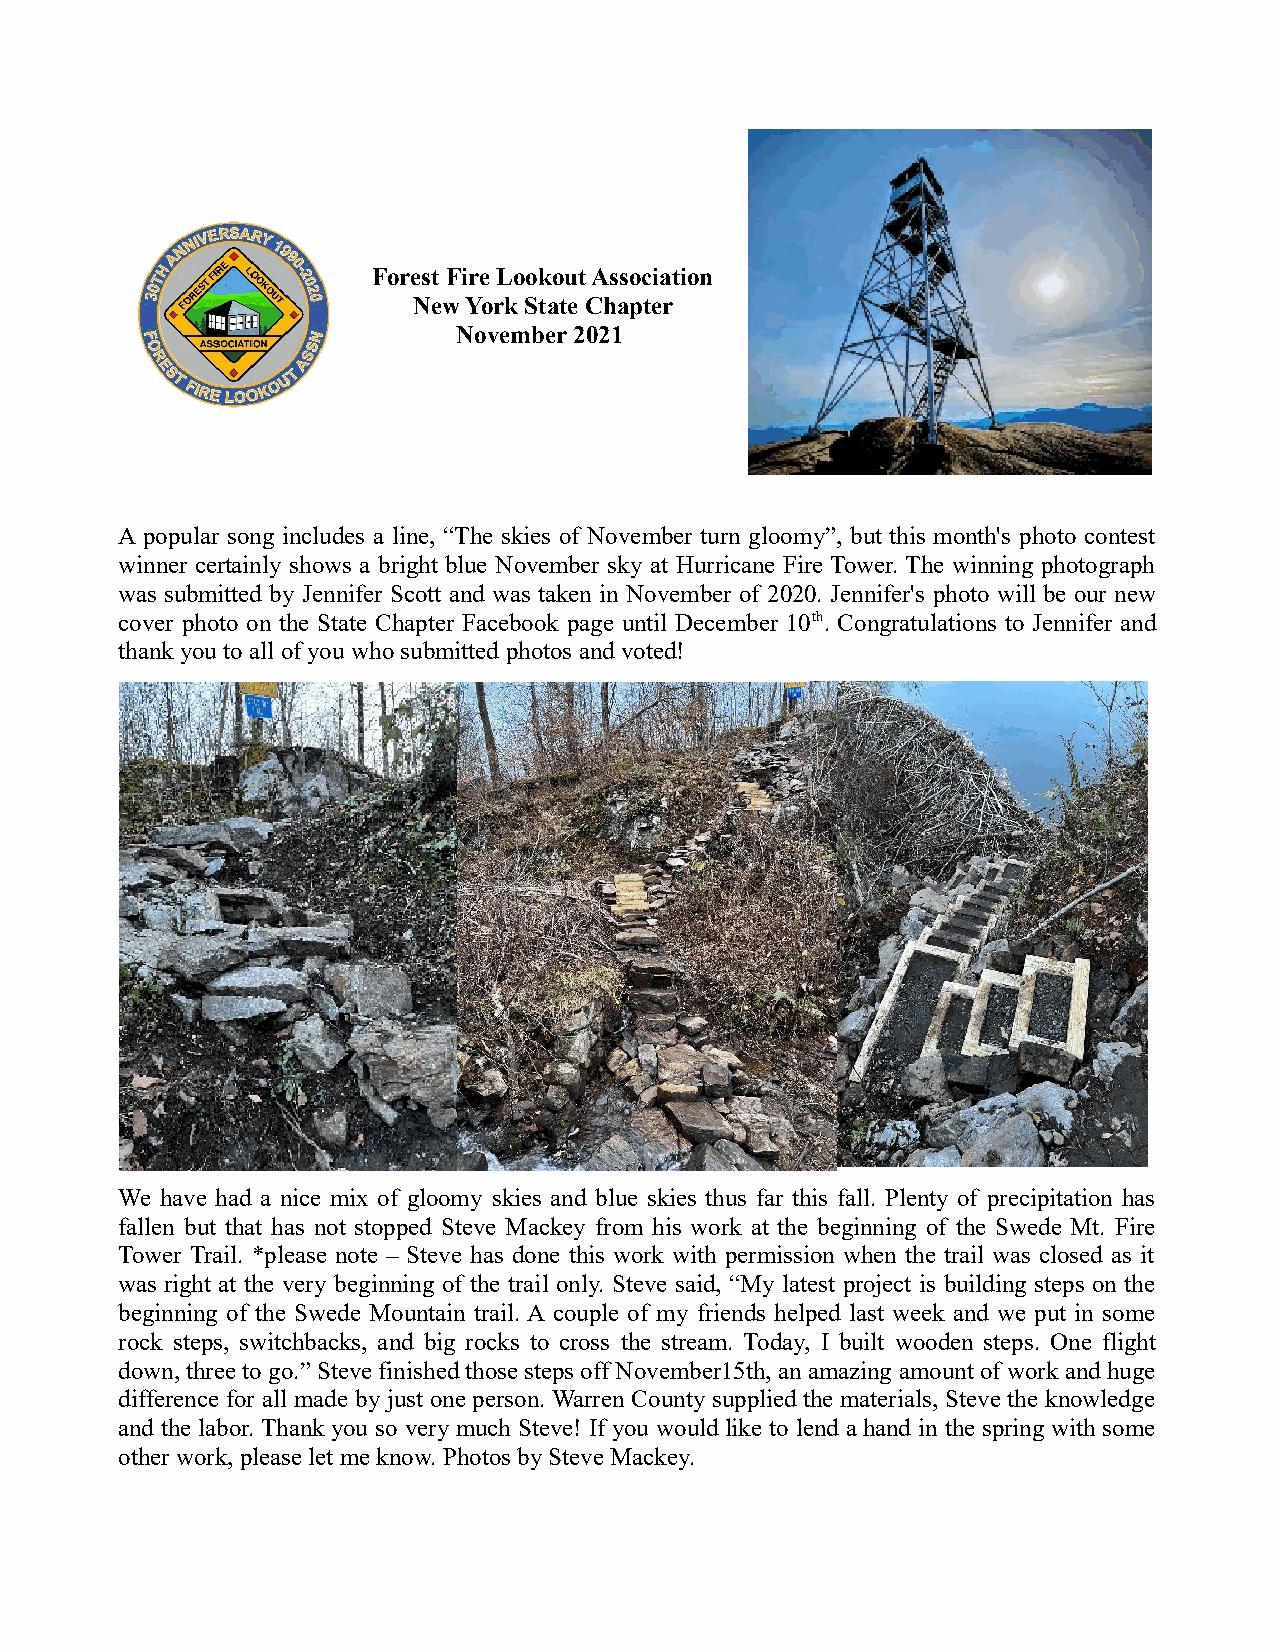
Forest Fire Lookout Association
 New York State Chapter
 November 2021
 A popular song includes a line, “The skies of November turn gloomy”, but this month's photo contest
 winner certainly shows a bright blue November sky at Hurricane Fire Tower. The winning photograph
 was submitted by Jennifer Scott and was taken in November of 2020. Jennifer's photo will be our new
 cover photo on the State Chapter Facebook page until December 10th. Congratulations to Jennifer and
 thank you to all of you who submitted photos and voted!
 We have had a nice mix of gloomy skies and blue skies thus far this fall. Plenty of precipitation has
 fallen but that has not stopped Steve Mackey from his work at the beginning of the Swede Mt. Fire
 Tower Trail. *please note – Steve has done this work with permission when the trail was closed as it
 was right at the very beginning of the trail only. Steve said, “My latest project is building steps on the
 beginning of the Swede Mountain trail. A couple of my friends helped last week and we put in some
 rock steps, switchbacks, and big rocks to cross the stream. Today, I built wooden steps. One flight
 down, three to go.” Steve finished those steps off November15th, an amazing amount of work and huge
 difference for all made by just one person. Warren County supplied the materials, Steve the knowledge
 and the labor. Thank you so very much Steve! If you would like to lend a hand in the spring with some
 other work, please let me know. Photos by Steve Mackey.